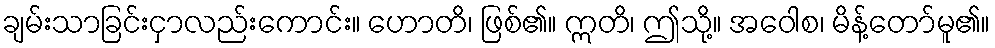
ချမ်းသာခြင်းငှာလည်းကောင်း။ ဟောတိ၊ ဖြစ်၏။ ဣတိ၊ ဤသို့။ အဝေါစ၊ မိန့်တော်မူ၏။